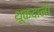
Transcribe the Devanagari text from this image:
थूकदानी